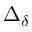
\Delta _ { \delta }